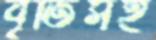
বৃতিসহ